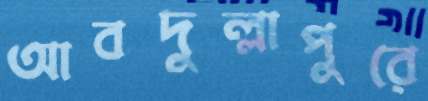
আবদুল্লাপুরে